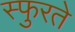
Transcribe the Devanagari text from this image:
स्फुरते